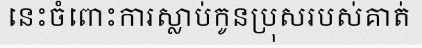
នេះចំពោះការស្លាប់កូនប្រុសរបស់គាត់